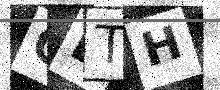
Text: OBTH